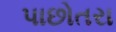
પાછોતરા